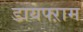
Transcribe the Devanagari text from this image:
डायफ्ऱाम